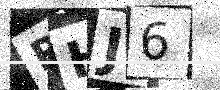
Text: RHJ6